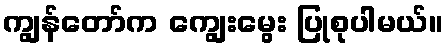
ကျွန်တော်က ကျွေးမွေး ပြုစုပါမယ်။